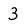
Character: 3